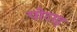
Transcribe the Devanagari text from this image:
पोटाइ